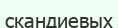
скандиевых